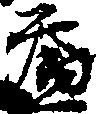
益